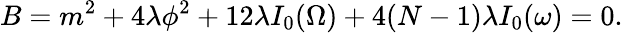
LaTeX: B=m^{2}+4\lambda\phi^{2}+12\lambda I_{0}(\Omega)+4(N-1)\lambda I_{0}(\omega)=0.